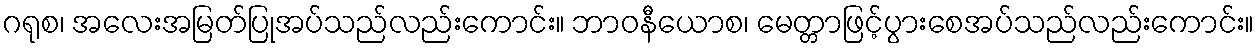
ဂရုစ၊ အလေးအမြတ်ပြုအပ်သည်လည်းကောင်း။ ဘာဝနီယောစ၊ မေတ္တာဖြင့်ပွားစေအပ်သည်လည်းကောင်း။